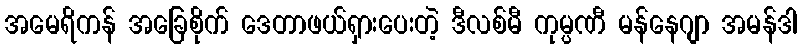
အမေရိကန် အခြေစိုက် ဒေတာဖယ်ရှားပေးတဲ့ ဒီလစ်မီ ကုမ္ပဏီ မန်နေဂျာ အမန်ဒါ